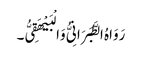
رَوَاہُ الطَّبَرَانِیُّ وَالْبَیْھَقِیُّ۔